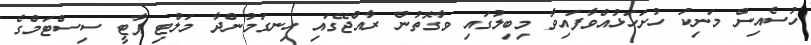
ހުސެއިން މަނިކު ހުށަހަޅުއްވާފައިވާ މިބިލުގައި ވާގޮތުން ރާއްޖޭގައި ހިނގަމުންދާ މަލްޓި ޕާޓީ ސިސްޓަމްގެ